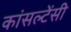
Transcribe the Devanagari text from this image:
कांसल्टेंसी